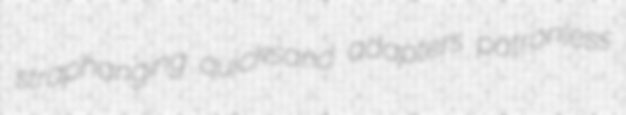
straphanging quicksand adapters patronless